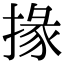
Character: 掾